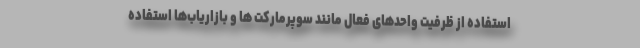
استفاده از ظرفیت واحدهای فعال مانند سوپرمارکت ها و بازاریاب‌ها استفاده